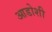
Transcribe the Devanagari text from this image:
आडोशी